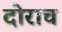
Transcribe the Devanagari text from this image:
दोराच